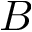
B